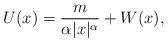
LaTeX: \begin{align*}U(x) = \frac{m}{\alpha \vert x \vert^{\alpha}} + W(x),\end{align*}